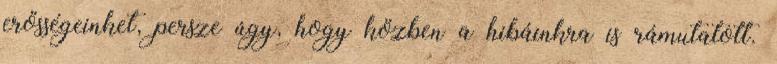
erősségeinket, persze úgy, hogy közben a hibáinkra is rámutatott.